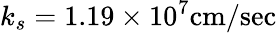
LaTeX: k_{s}=1.19\times 10^{7}\mathrm{cm/sec}